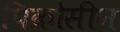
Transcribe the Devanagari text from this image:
पिक्रोसीन